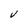
Character: V